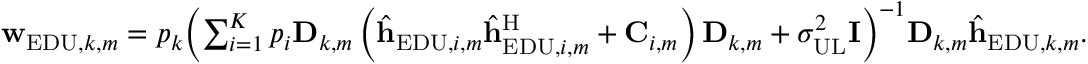
\begin{array} { r } { { \bf { w } } _ { \mathrm { E D U } , k , m } = { p _ { k } } { \left( { \sum _ { i = 1 } ^ { K } { { p _ { i } } { { \bf { D } } _ { k , m } } \left( { { { \hat { \bf { h } } } _ { \mathrm { E D U } , i , m } } \hat { \bf { h } } _ { \mathrm { E D U } , i , m } ^ { \mathrm { H } } + { { \bf { C } } _ { i , m } } } \right) { { \bf { D } } _ { k , m } } } + \sigma _ { { \mathrm { U L } } } ^ { 2 } { { \bf { I } } } } \right) ^ { - 1 } } { { \bf { D } } _ { k , m } } { \hat { \bf { h } } _ { \mathrm { E D U } , k , m } } . } \end{array}